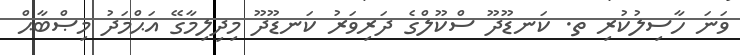
ވަނަ ހާސިލުކުރި ތ. ކަނޑޫދޫ ސްކޫލްގެ ދަރިވަރު ކަނޑޫދޫ މިދިލިމާގޭ އަޙްމަދު މިޞްބާޙް